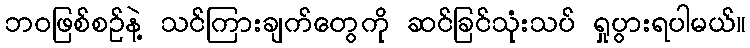
ဘဝဖြစ်စဉ်နဲ့ သင်ကြားချက်တွေကို ဆင်ခြင်သုံးသပ် ရှုပွားရပါမယ်။